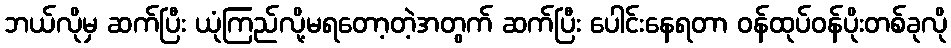
ဘယ်လိုမှ ဆက်ပြီး ယုံကြည်လို့မရတော့တဲ့အတွက် ဆက်ပြီး ပေါင်းနေရတာ ဝန်ထုပ်ဝန်ပိုးတစ်ခုလို